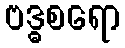
ဗဒ္ဓစရော